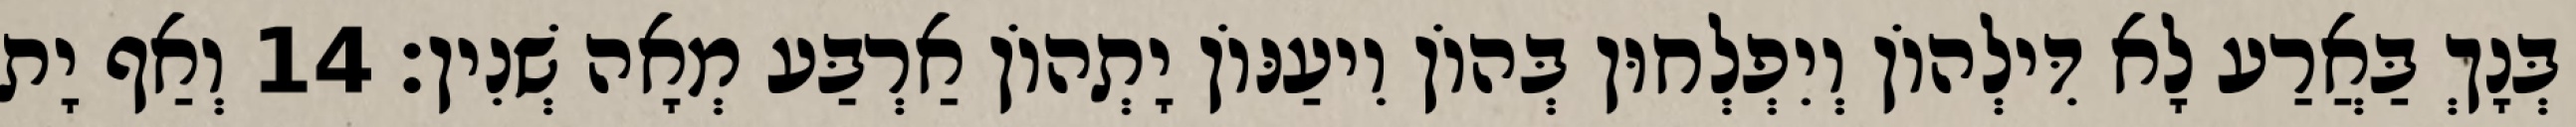
בְּנָךְ בַּאֲרַע לָא דִּילְהוֹן וְיִפְלְחוּן בְּהוֹן וִיעַנּוֹן יָתְהוֹן אַרְבַּע מְאָה שְׁנִין׃ 14 וְאַף יָת